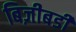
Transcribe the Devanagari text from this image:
बिज़ीबडी